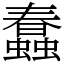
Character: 蠢